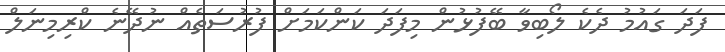
ފަދަ ގައުމު ދެކެ ލޯބިވާ ބޭފުޅުން މިފަދަ ކަންކަމަށް ފުރުސަތެއް ނުދޭނެ ކްރިމިނަލް